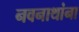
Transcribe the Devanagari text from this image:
नवनाथांना